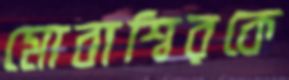
মোবাশ্বিরকে